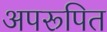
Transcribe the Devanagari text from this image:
अपरूपित